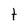
Character: t